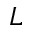
L